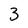
Character: 3